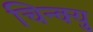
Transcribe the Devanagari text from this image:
चिन्क्यु